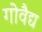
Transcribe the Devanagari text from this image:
गोवैद्य